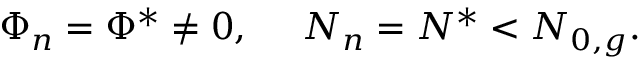
\Phi _ { n } = \Phi ^ { * } \ne 0 , \ \ \ \ N _ { n } = N ^ { * } < N _ { 0 , g } .